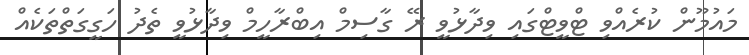
މައުމޫން ކުރެއްވި ޓްވީޓްގައި ވިދާޅުވީ ރޭ ގާސިމް އިބްރާހީމް ވިދާޅުވީ ތެދު ހަގީގަތްތަކެއް